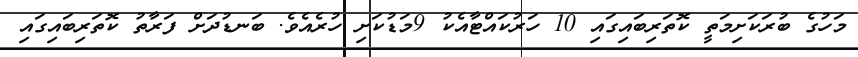
މަހުގެ ބުރަކަށިމަތީ ކޮތަރިބައިގައި 10 ހަރުކައްޓާއެކު 9މަޑުކަށި ހުރެއެވެ. ބަނޑުދަށް ފަރާތު ކޮތަރިބައިގައި